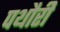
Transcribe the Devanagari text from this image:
पथौरी